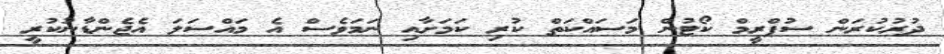
ދުރުކުރަން ސުޕްރީމް ކޯޓުން މަސައްކަތް ކުރި ކަމަށާއި ނަމަވެސް އެ މައްސަލަ އެޖެންޑާނުކުރީ